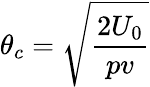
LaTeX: \theta_{c}=\sqrt{\frac{2U_{0}}{pv}}